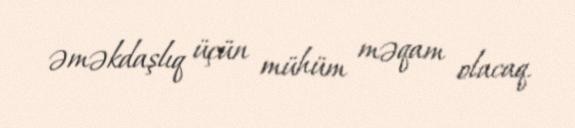
əməkdaşlıq üçün mühüm məqam olacaq.